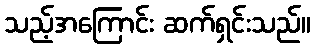
သည့်အကြောင်း ဆက်ရှင်းသည်။